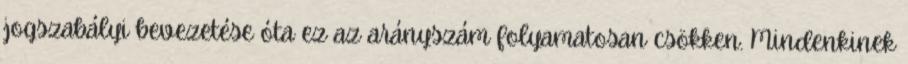
jogszabályi bevezetése óta ez az arányszám folyamatosan csökken. Mindenkinek